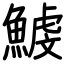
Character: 鰬